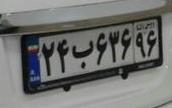
۲۴ب۶۳۶۹۶